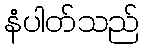
နံပါတ်သည်